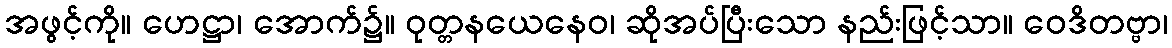
အဖွင့်ကို။ ဟေဋ္ဌာ၊ အောက်၌။ ဝုတ္တနယေနေဝ၊ ဆိုအပ်ပြီးသော နည်းဖြင့်သာ။ ဝေဒိတဗ္ဗာ၊